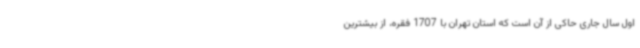
اول سال جاری حاکی از آن است که استان تهران با 1707 فقره، از بیشترین